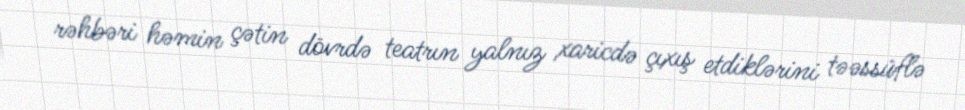
rəhbəri həmin çətin dövrdə teatrın yalnız xaricdə çıxış etdiklərini təəssüflə